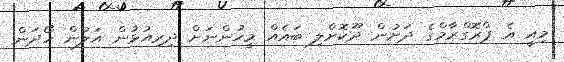
މިއީ އެ ޕްރޮގްރާމްގެ ދަށުން ދޫކޮށްލި ބައެއް މީހުންނަށް ދިރިއުޅުން އަލުން ހޯދަން